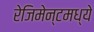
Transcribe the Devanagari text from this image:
रेजिमेन्टमध्ये